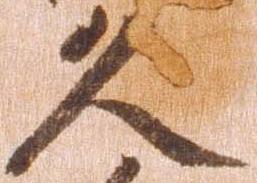
久